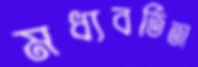
মধ্যবর্তিতা